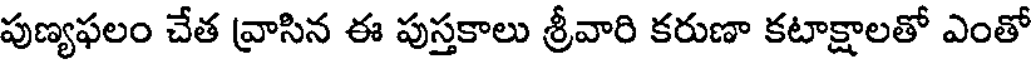
పుణ్యఫలం చేత వ్రాసిన ఈ పుస్తకాలు శ్రీవారి కరుణా కటాక్షాలతో ఎంతో